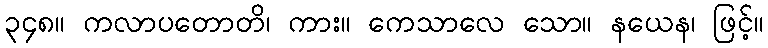
၃၄၈။ ကလာပတောတိ၊ ကား။ ကေသာလေ သော။ နယေန၊ ဖြင့်။